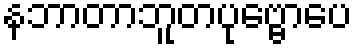
နဘာတာဘူတပုဗ္ဗောပေ